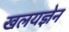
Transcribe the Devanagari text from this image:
खलयज्ञेन